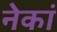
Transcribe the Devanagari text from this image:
नेकां